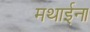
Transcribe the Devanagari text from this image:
मथाईना